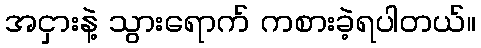
အငှားနဲ့ သွားရောက် ကစားခဲ့ရပါတယ်။